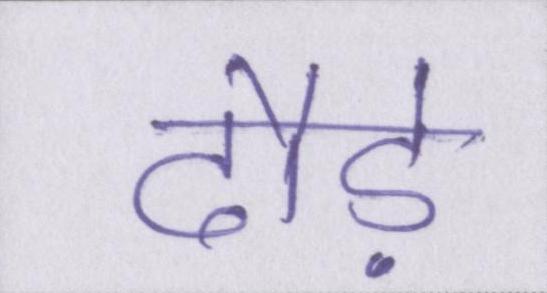
दौड़े